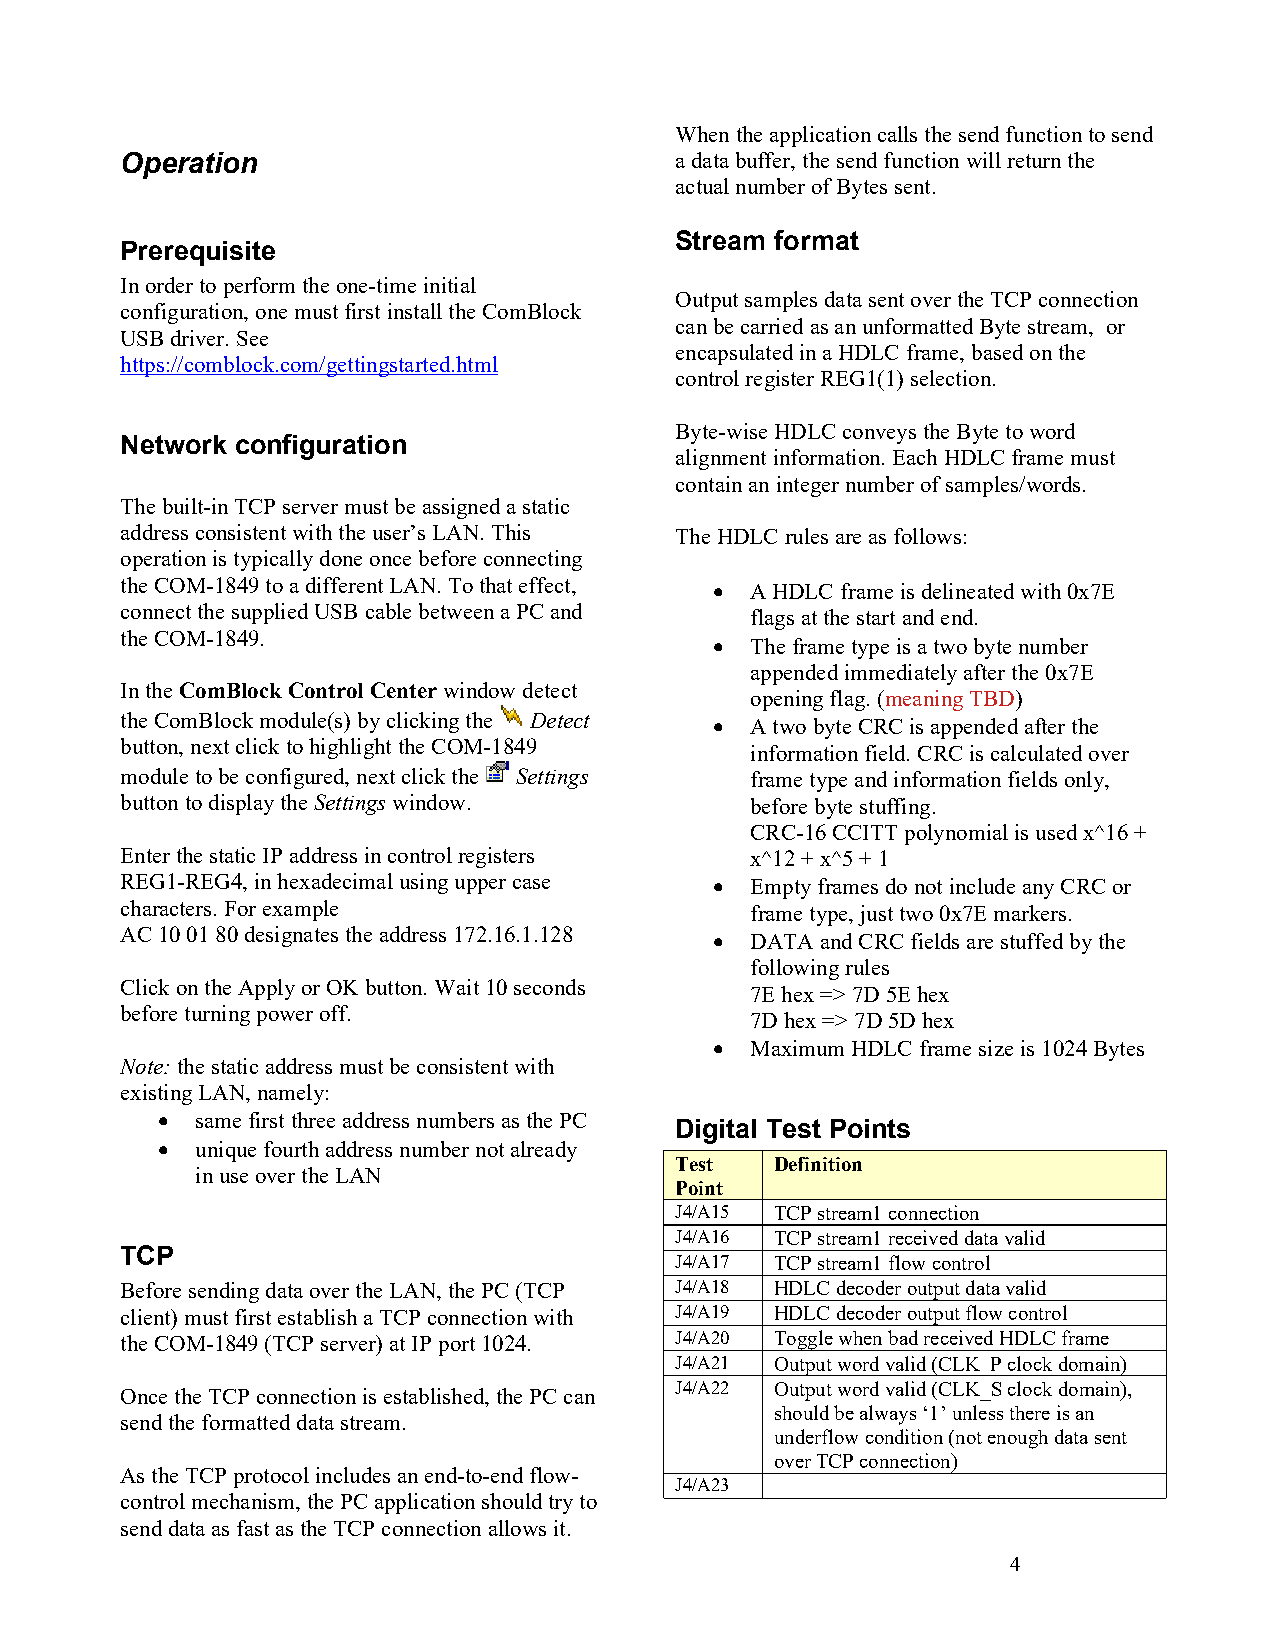
When the application calls the send function to send
 Operation                            a data buffer, the send function will return the
 actual number of Bytes sent.
 Stream format
 Prerequisite
 In order to perform the one-time initial
 Output samples data sent over the TCP connection
 configuration, one must first install the ComBlock
 can be carried as an unformatted Byte stream, or
 USB driver. See
 encapsulated in a HDLC frame, based on the
 https://comblock.com/gettingstarted.html
 control register REG1(1) selection.
 Byte-wise HDLC conveys the Byte to word
 Network configuration
 alignment information. Each HDLC frame must
 contain an integer number of samples/words.
 The built-in TCP server must be assigned a static
 address consistent with the user’s LAN. This The HDLC rules are as follows:
 operation is typically done once before connecting
 the COM-1849 to a different LAN. To that effect,  A HDLC frame is delineated with 0x7E
 connect the supplied USB cable between a PC and flags at the start and end.
 the COM-1849.
   The frame type is a two byte number
 appended immediately after the 0x7E
 In the ComBlock Control Center window detect
 opening flag. (meaning TBD)
 the ComBlock module(s) by clicking the Detect
   A two byte CRC is appended after the
 button, next click to highlight the COM-1849
 information field. CRC is calculated over
 module to be configured, next click the Settings frame type and information fields only,
 button to display the Settings window.    before byte stuffing.
 CRC-16 CCITT polynomial is used x^16 +
 Enter the static IP address in control registers x^12 + x^5 + 1
 REG1-REG4, in hexadecimal using upper case  Empty frames do not include any CRC or
 characters. For example                   frame type, just two 0x7E markers.
 AC 10 01 80 designates the address 172.16.1.128
   DATA and CRC fields are stuffed by the
 following rules
 Click on the Apply or OK button. Wait 10 seconds
 7E hex => 7D 5E hex
 before turning power off.
 7D hex => 7D 5D hex
   Maximum HDLC frame size is 1024 Bytes
 Note: the static address must be consistent with
 existing LAN, namely:
   same first three address numbers as the PC Digital Test Points
   unique fourth address number not already
 Test  Definition
 in use over the LAN
 Point
 J4/A15 TCP stream1 connection
 J4/A16 TCP stream1 received data valid
 TCP
 J4/A17 TCP stream1 flow control
 Before sending data over the LAN, the PC (TCP J4/A18 HDLC decoder output data valid
 client) must first establish a TCP connection with J4/A19 HDLC decoder output flow control
 the COM-1849 (TCP server) at IP port 1024. J4/A20 Toggle when bad received HDLC frame
 J4/A21 Output word valid (CLK_P clock domain)
 J4/A22 Output word valid (CLK_S clock domain),
 Once the TCP connection is established, the PC can
 should be always ‘1’ unless there is an
 send the formatted data stream.
 underflow condition (not enough data sent
 over TCP connection)
 As the TCP protocol includes an end-to-end flow-
 J4/A23
 control mechanism, the PC application should try to
 send data as fast as the TCP connection allows it.
 4